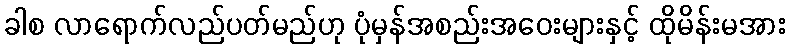
ခါစ လာရောက်လည်ပတ်မည်ဟု ပုံမှန်အစည်းအဝေးများနှင့် ထိုမိန်းမအား